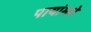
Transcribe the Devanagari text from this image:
पायांमधे